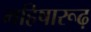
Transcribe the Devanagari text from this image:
महिषारूढ़